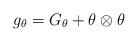
LaTeX: \begin{align*}g_\theta = G_\theta + \theta \otimes \theta\end{align*}